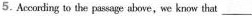
5.Accoting to the passage above,we know that ___.